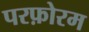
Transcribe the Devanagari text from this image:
परफ़ोरम